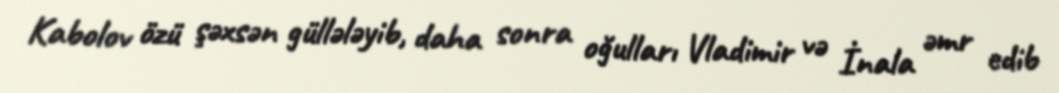
Kabolov özü şəxsən güllələyib, daha sonra oğulları Vladimir və İnala əmr edib